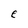
Character: e